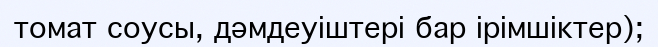
томат соусы, дәмдеуіштері бар ірімшіктер);